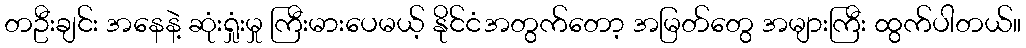
တဦးချင်း အနေနဲ့ ဆုံးရှုံးမှု ကြီးမားပေမယ့် နိုင်ငံအတွက်တော့ အမြတ်တွေ အများကြီး ထွက်ပါတယ်။